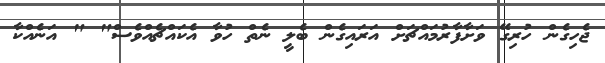
ޖެހިގެން ހުރިގޭ ވަށާފާރުމައްޗަށް އަރައިގެން ބެލީ ނެތް ހުވާ އެކައްޗެއްވެސް" " އަނެއްކާ